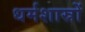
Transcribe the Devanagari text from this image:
धर्मशास्रों